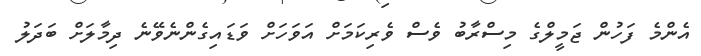
އެންމެ ފަހުން ޖަމީލްގެ މިސްރާބު ވެސް ވެރިކަމަށް އަވަހަށް ވަޑައިގެންނެވޭނެ ދިމާލަށް ބަދަލު